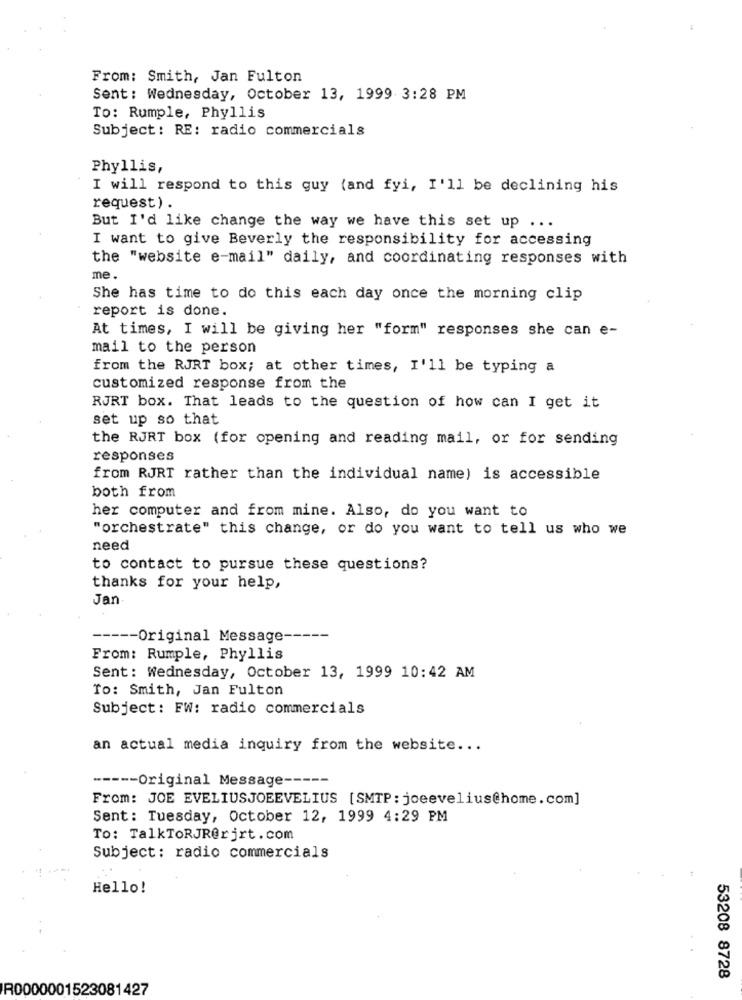
From: Smith, Jan Fulton
Sent: Wednesday, October 13, 1999 3:28 PM
To: Rumple, Phyllis
Subject: RE: radio commercials
Phyllis,
I will respond to this guy (and fyi, I'll be declining his
request) .
But I'd like change the way we have this set up ...
I want to give Beverly the responsibility for accessing
the "website e-mail" daily, and coordinating responses with
me.
She has time to do this each day once the morning clip
report is done.
At times, I will be giving her "form" responses she can e-
mail to the person
from the RJRT box; at other times, I'll be typing a
customized response from the
RJRT box. That leads to the question of how can I get it
set up so that
the RJRT box (for opening and reading mail, or for sending
responses
from RJRT rather than the individual name) is accessible
both from
her computer and from mine. Also, do you want to
"orchestrate" this change, or do you want to tell us who we
need
to contact to pursue these questions?
thanks for your help,
Jan
----- Original Message-
From: Rumple, Phyllis
Sent: Wednesday, October 13, 1999 10:42 AM
To: Smith, Jan Fulton
Subject: FW: radio commercials
an actual media inquiry from the website ...
----- Original Message -----
From: JOE EVELIUSJOEEVELIUS [SMTP : joeevelius@home.com]
Sent: Tuesday, October 12, 1999 4:29 PM
To: TalkToRJR@rjrt. com
Subject: radio commercials
Hello!
53208 8728
R0000001523081427